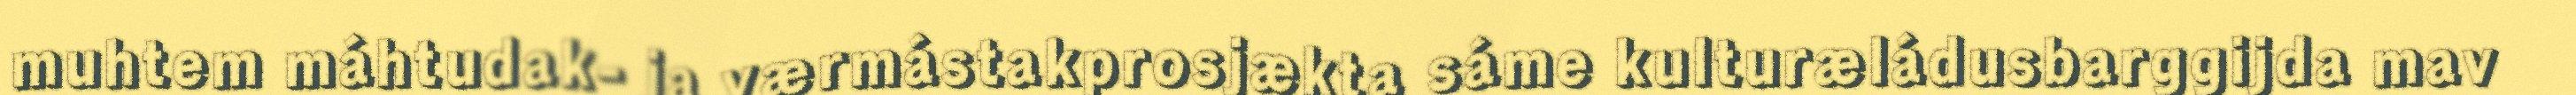
muhtem máhtudak- ja værmástakprosjækta sáme kulturæládusbarggijda mav